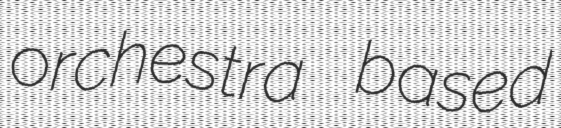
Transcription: orchestra based